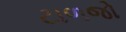
ટાળજો